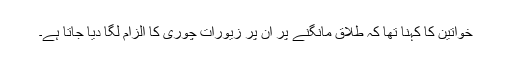
خواتین کا کہنا تھا کہ طلاق مانگنے پر ان پر زیورات چوری کا الزام لگا دیا جاتا ہے۔